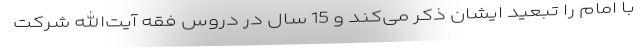
با امام را تبعید ایشان ذکر می‌کند و 15 سال در دروس فقه آیت‌الله شرکت